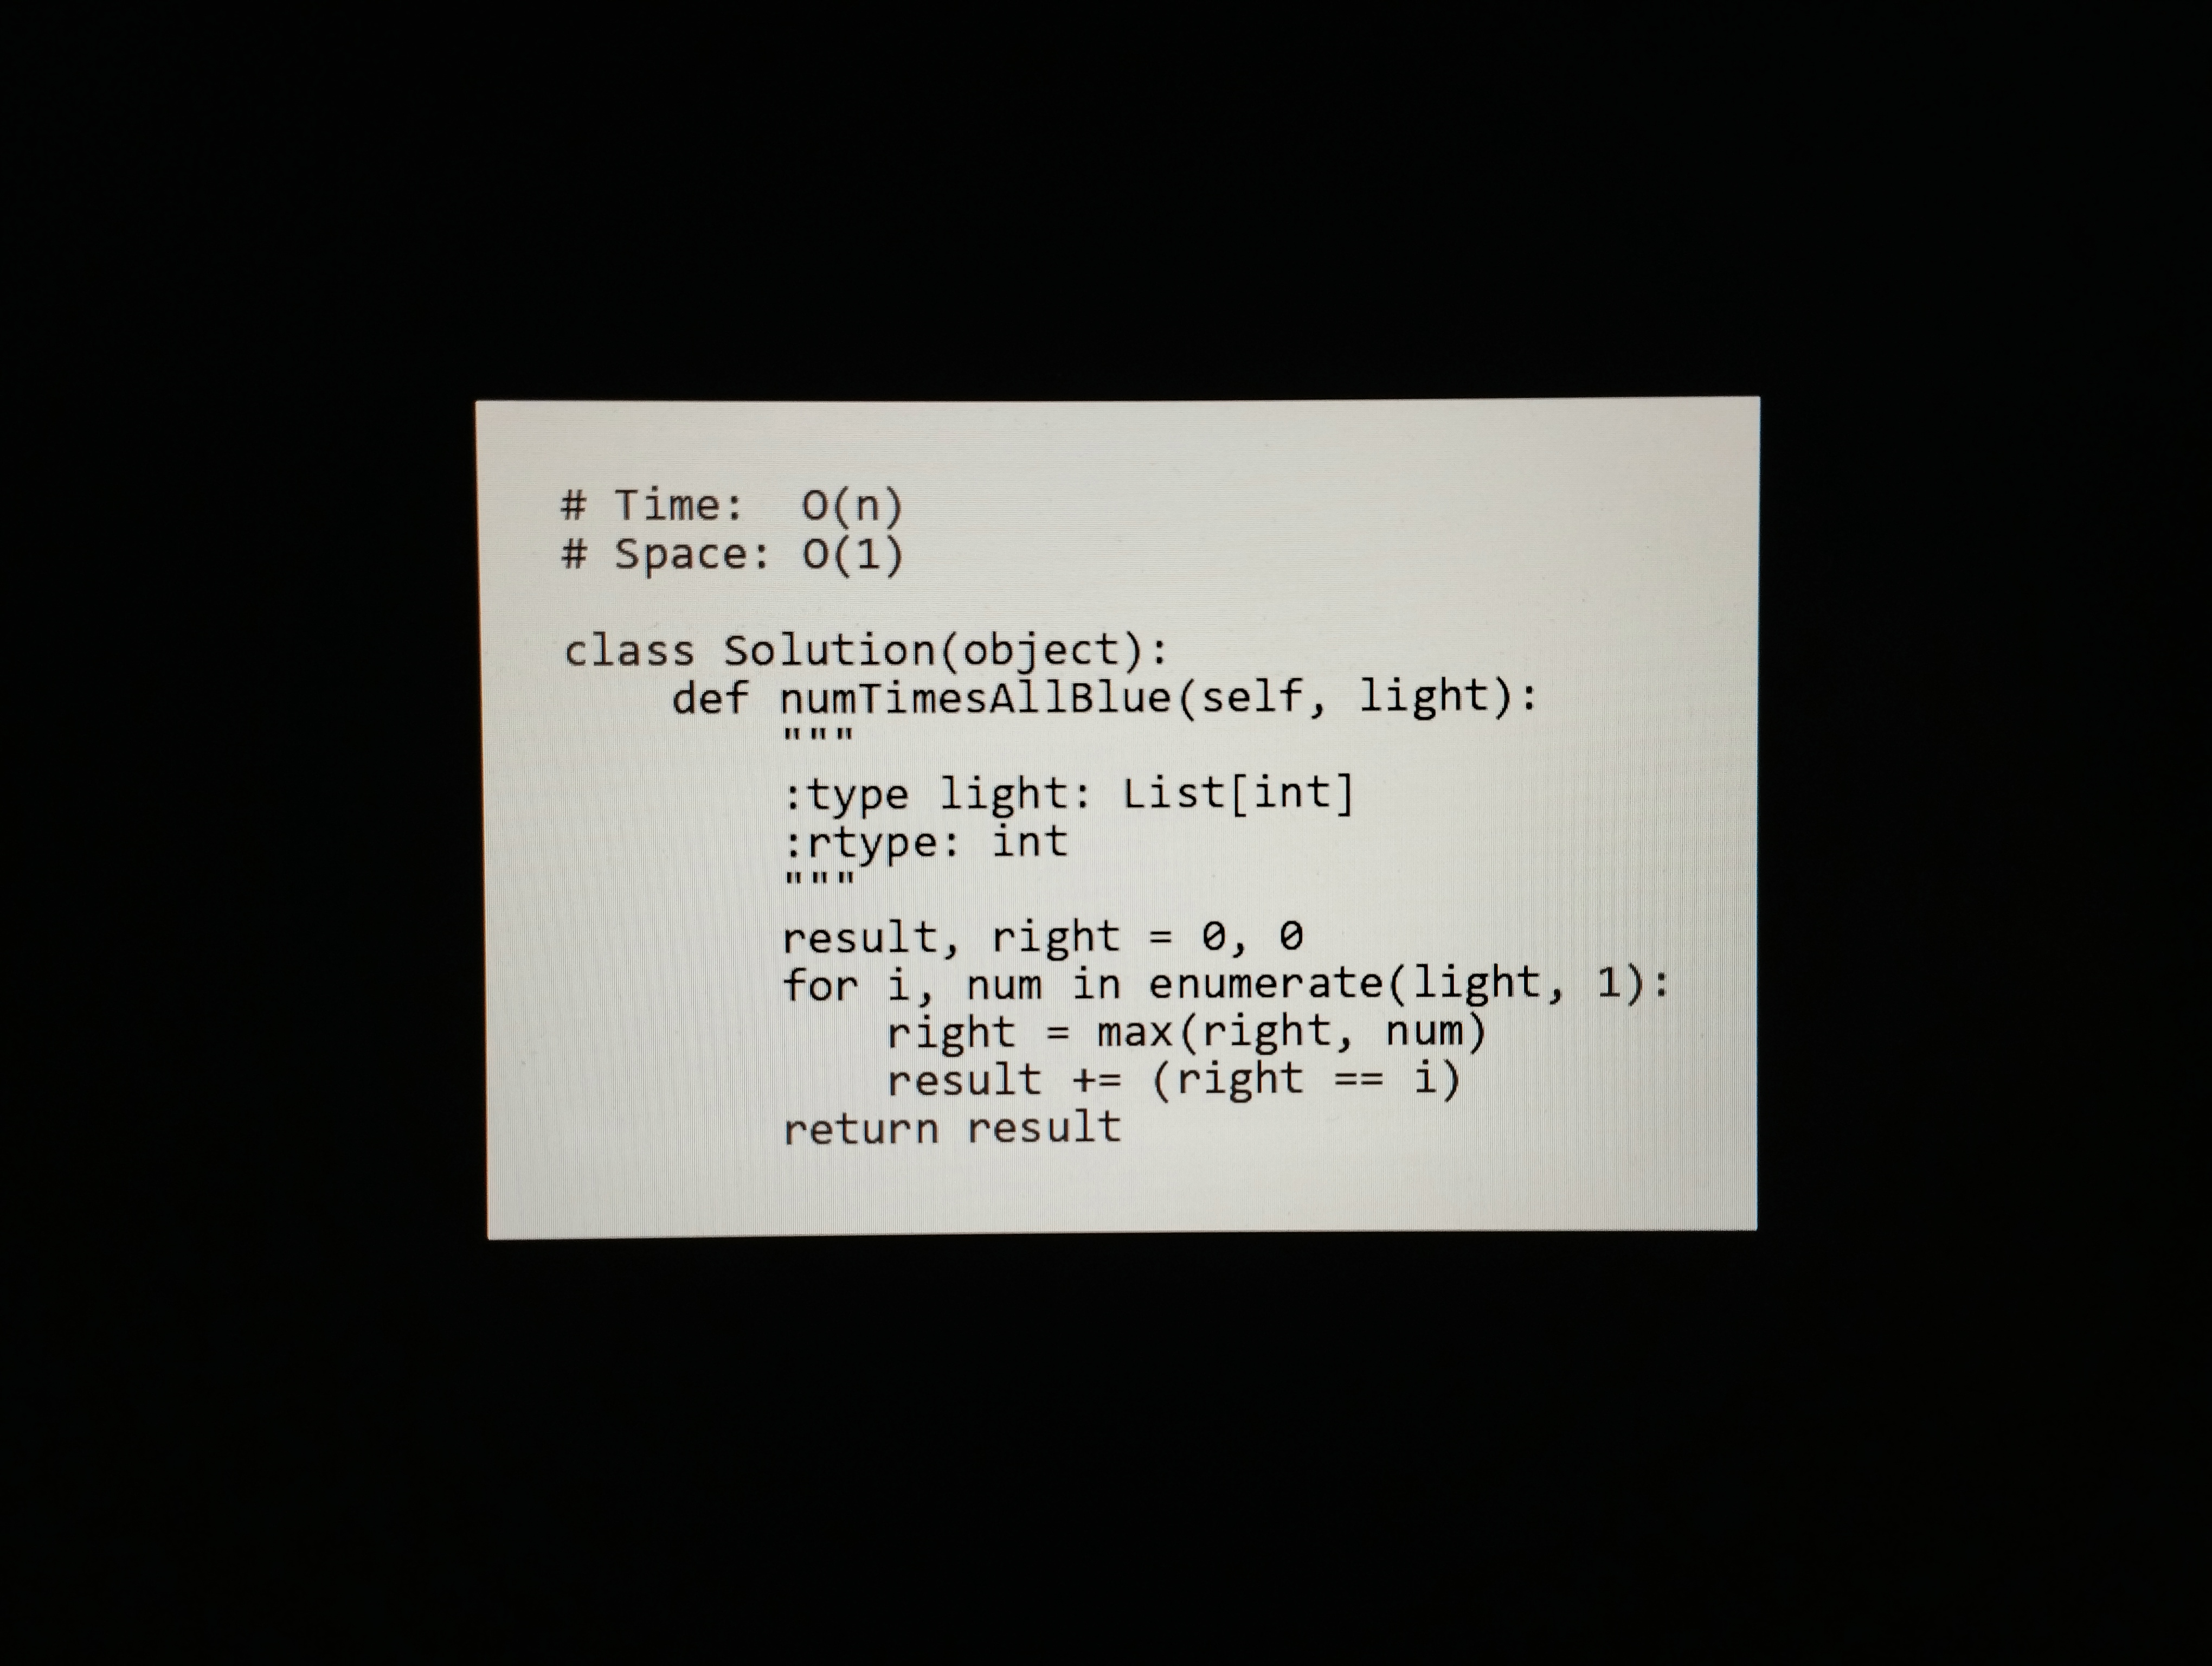
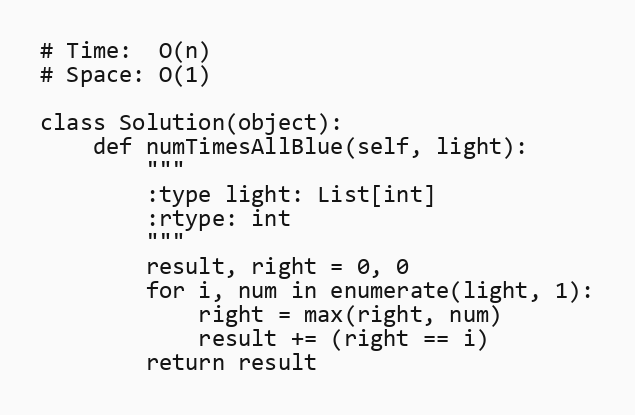
# Time:  O(n)
# Space: O(1)

class Solution(object):
    def numTimesAllBlue(self, light):
        """
        :type light: List[int]
        :rtype: int
        """
        result, right = 0, 0
        for i, num in enumerate(light, 1):
            right = max(right, num)
            result += (right == i)
        return result